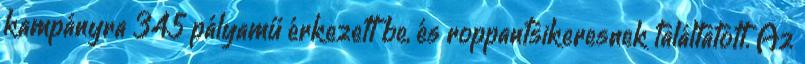
kampányra 345 pályamű érkezett be, és roppantsikeresnek találtatott. Az